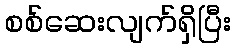
စစ်ဆေးလျက်ရှိပြီး